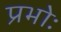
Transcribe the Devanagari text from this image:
प्रभोः